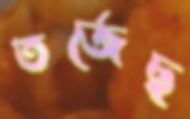
তর্জেছ